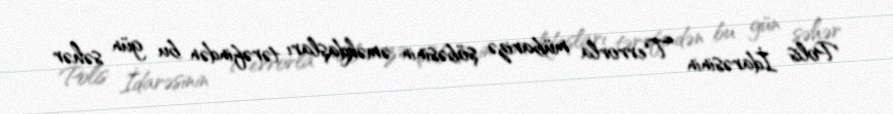
Polis İdarəsinin Terrorla mübarizə şöbəsinin əməkdaşları tərəfindən bu gün səhər